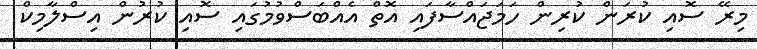
މިރޭ ސޮއި ކުރަން ކުރިން ހަމަޖައްސާފައި އޮތް އެއްބަސްވުމުގައި ސޮއި ކުރުން އިސްލާމިކް